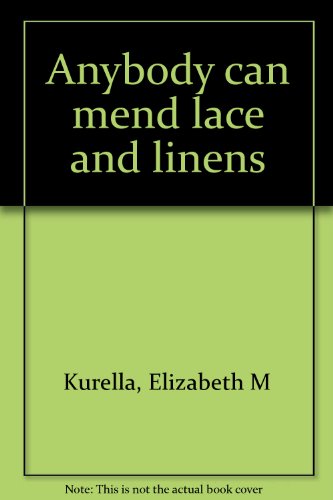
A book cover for Anybody can mend lace and linens; Elizabeth M Kurella; Crafts, Hobbies & Home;